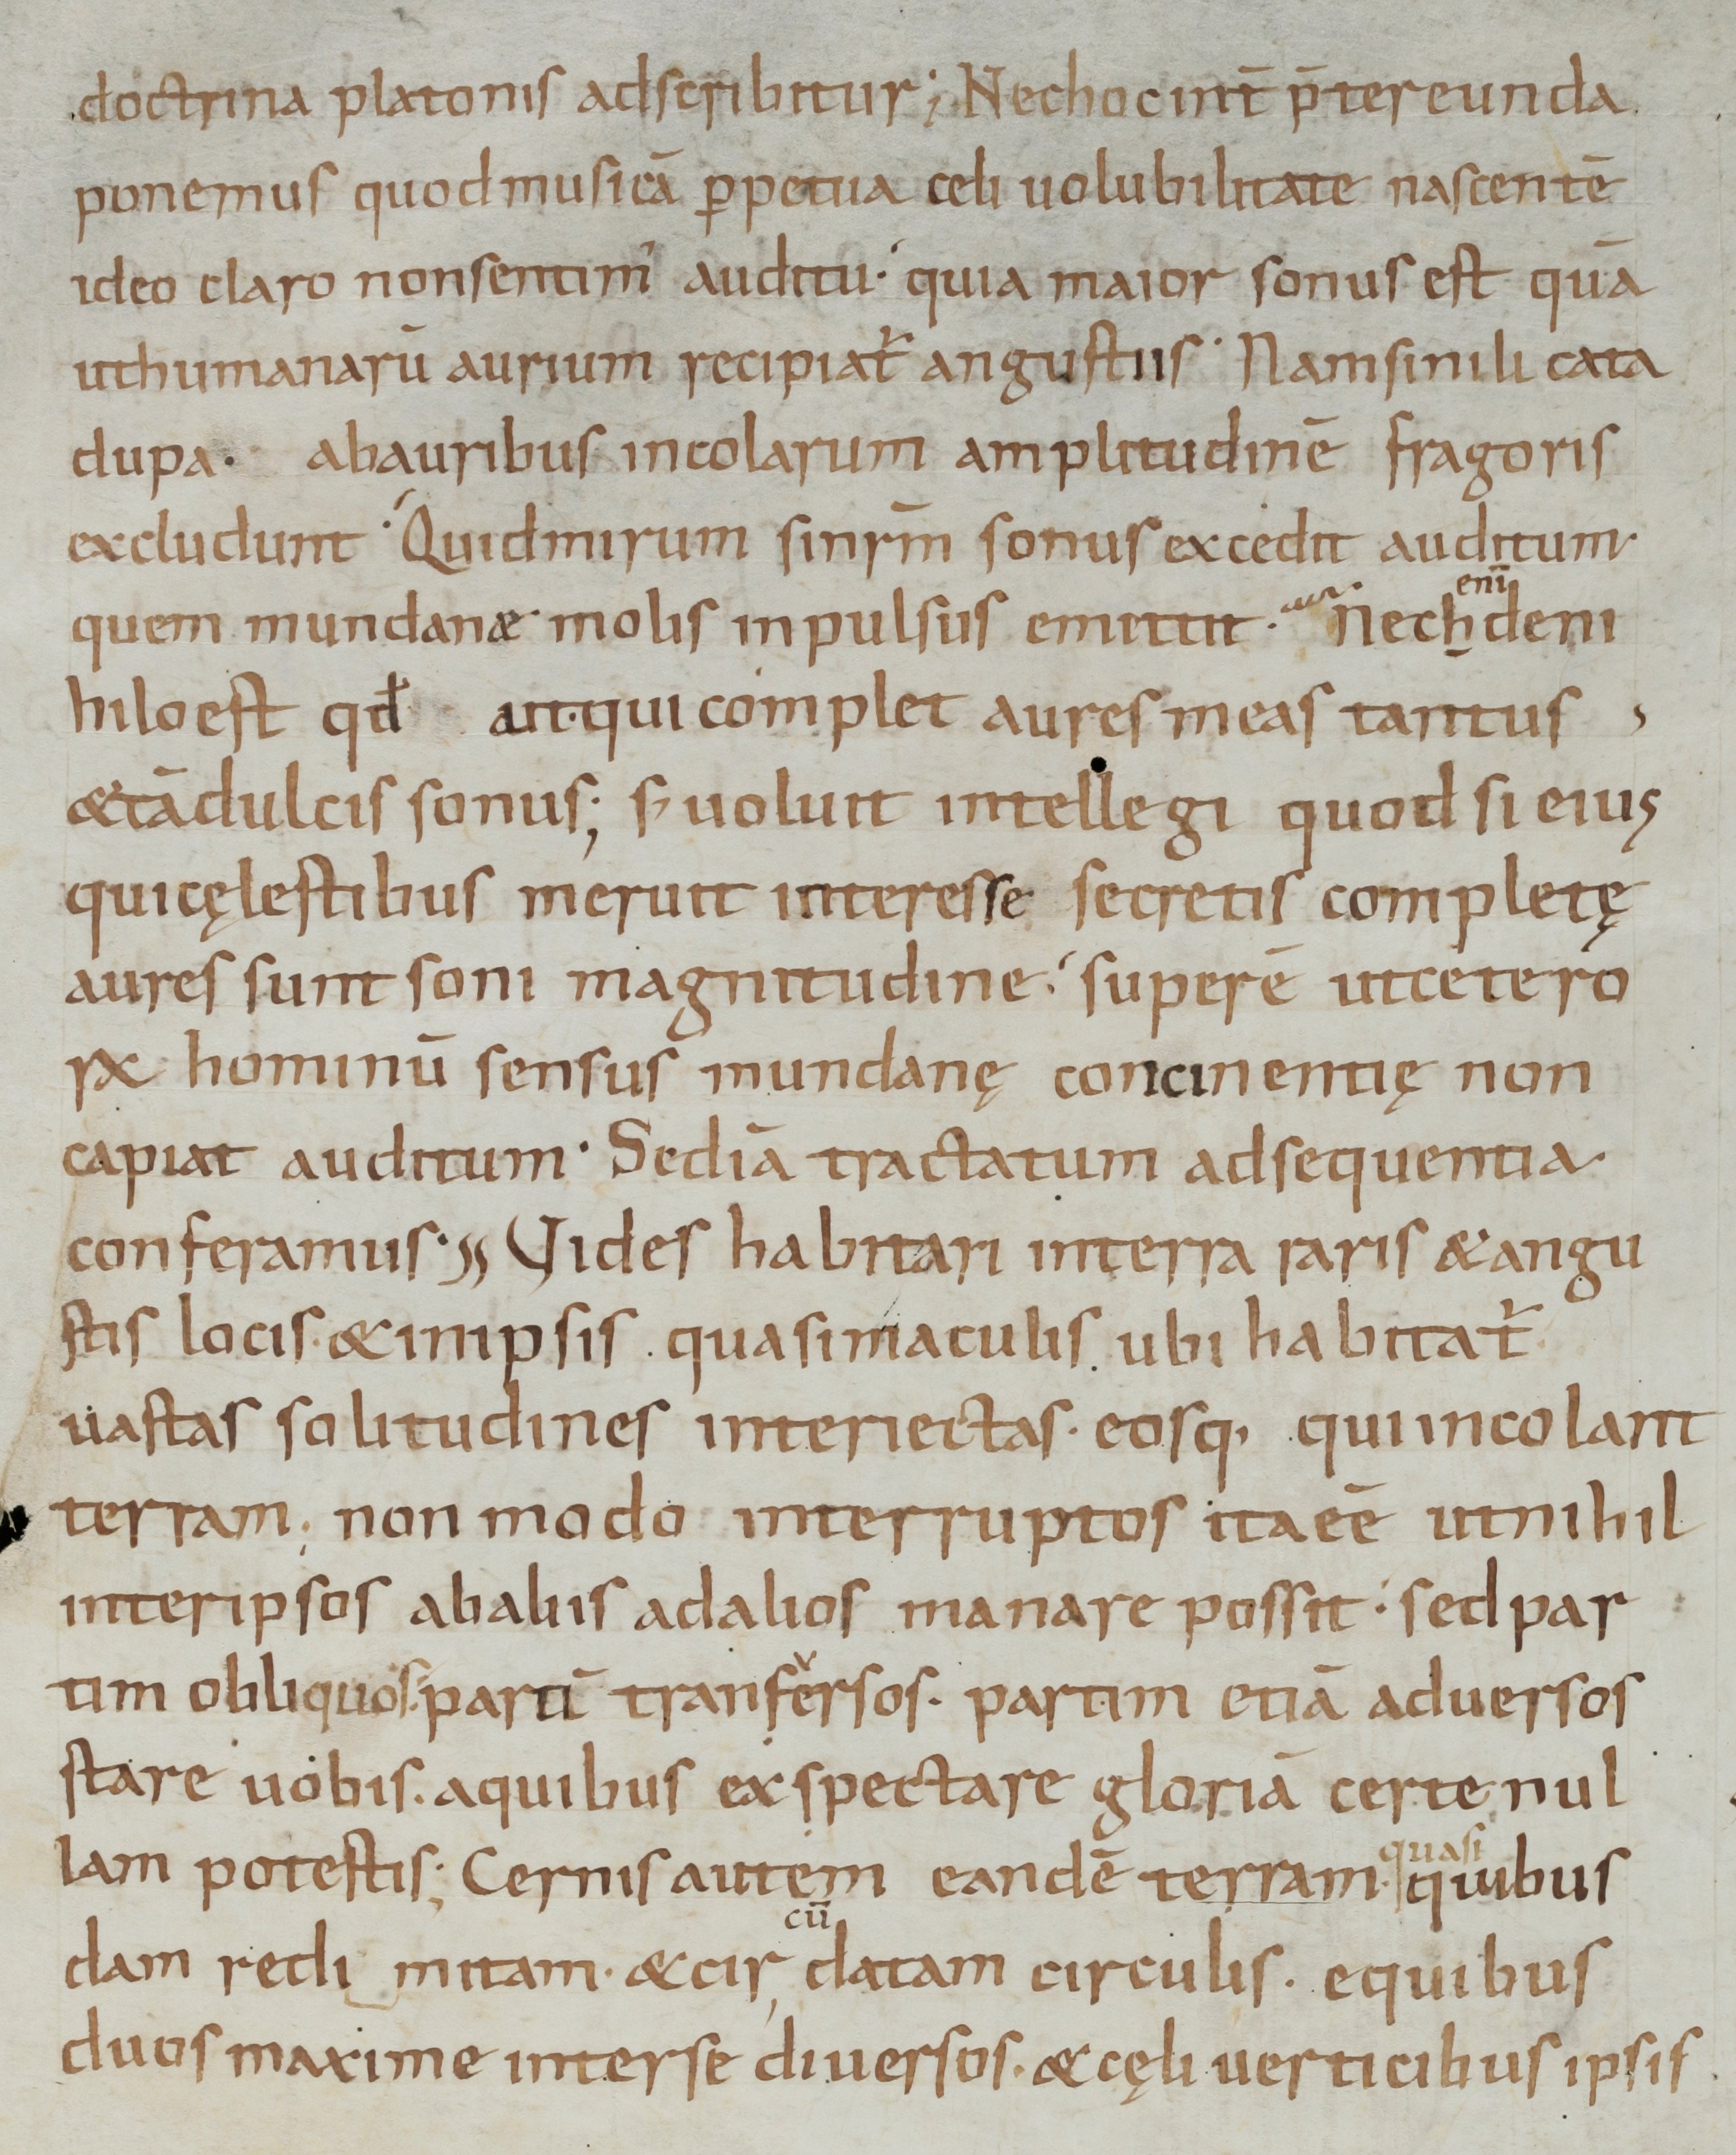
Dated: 965–975